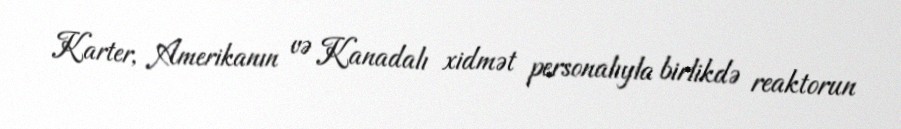
Karter, Amerikanın və Kanadalı xidmət personalıyla birlikdə reaktorun